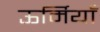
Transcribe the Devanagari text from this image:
ऊर्मियाँ